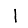
Digit: 1